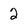
Character: 2